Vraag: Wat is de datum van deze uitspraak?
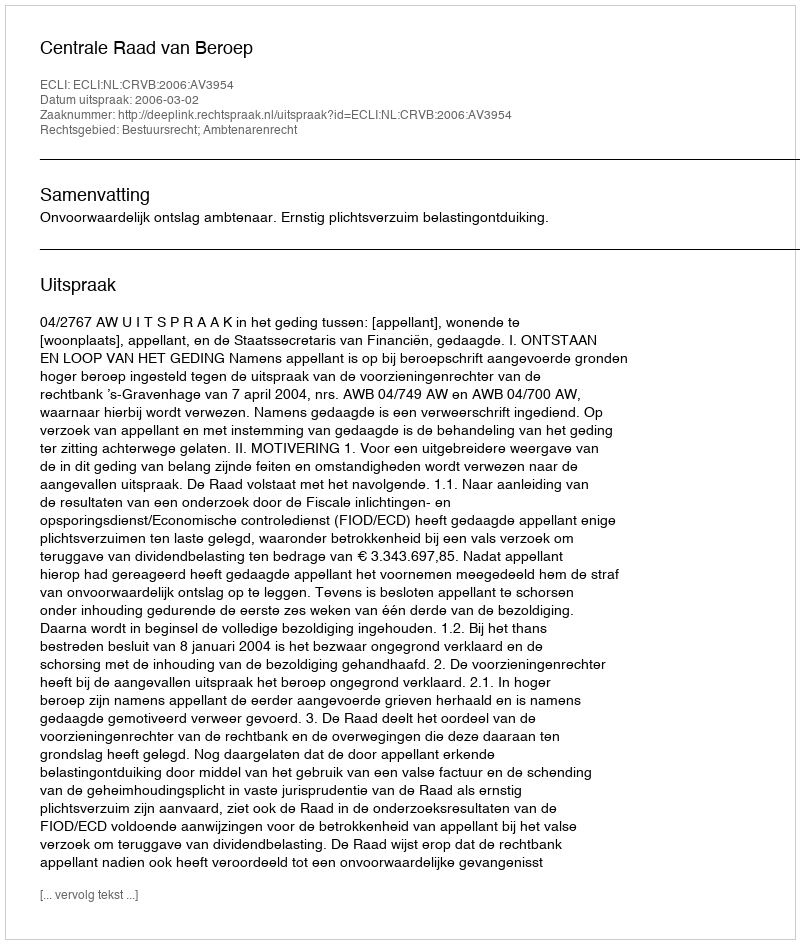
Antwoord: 2006-03-02